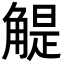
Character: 䚣